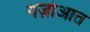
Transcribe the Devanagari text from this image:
गज़ोआत